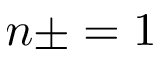
n \pm = 1